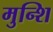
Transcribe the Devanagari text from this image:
मुन्शि